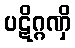
ပဋိဂ္ဂဏှိ